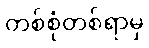
တစ်စုံတစ်ရာမှ